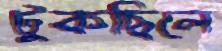
টুকছিলে